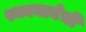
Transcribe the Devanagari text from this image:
स्कानाबेची